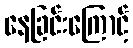
နေခြင်းကြောင့်